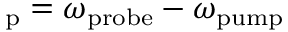
{ \it \Delta } _ { \mathrm { p } } = \omega _ { \mathrm { p r o b e } } - \omega _ { \mathrm { p u m p } }